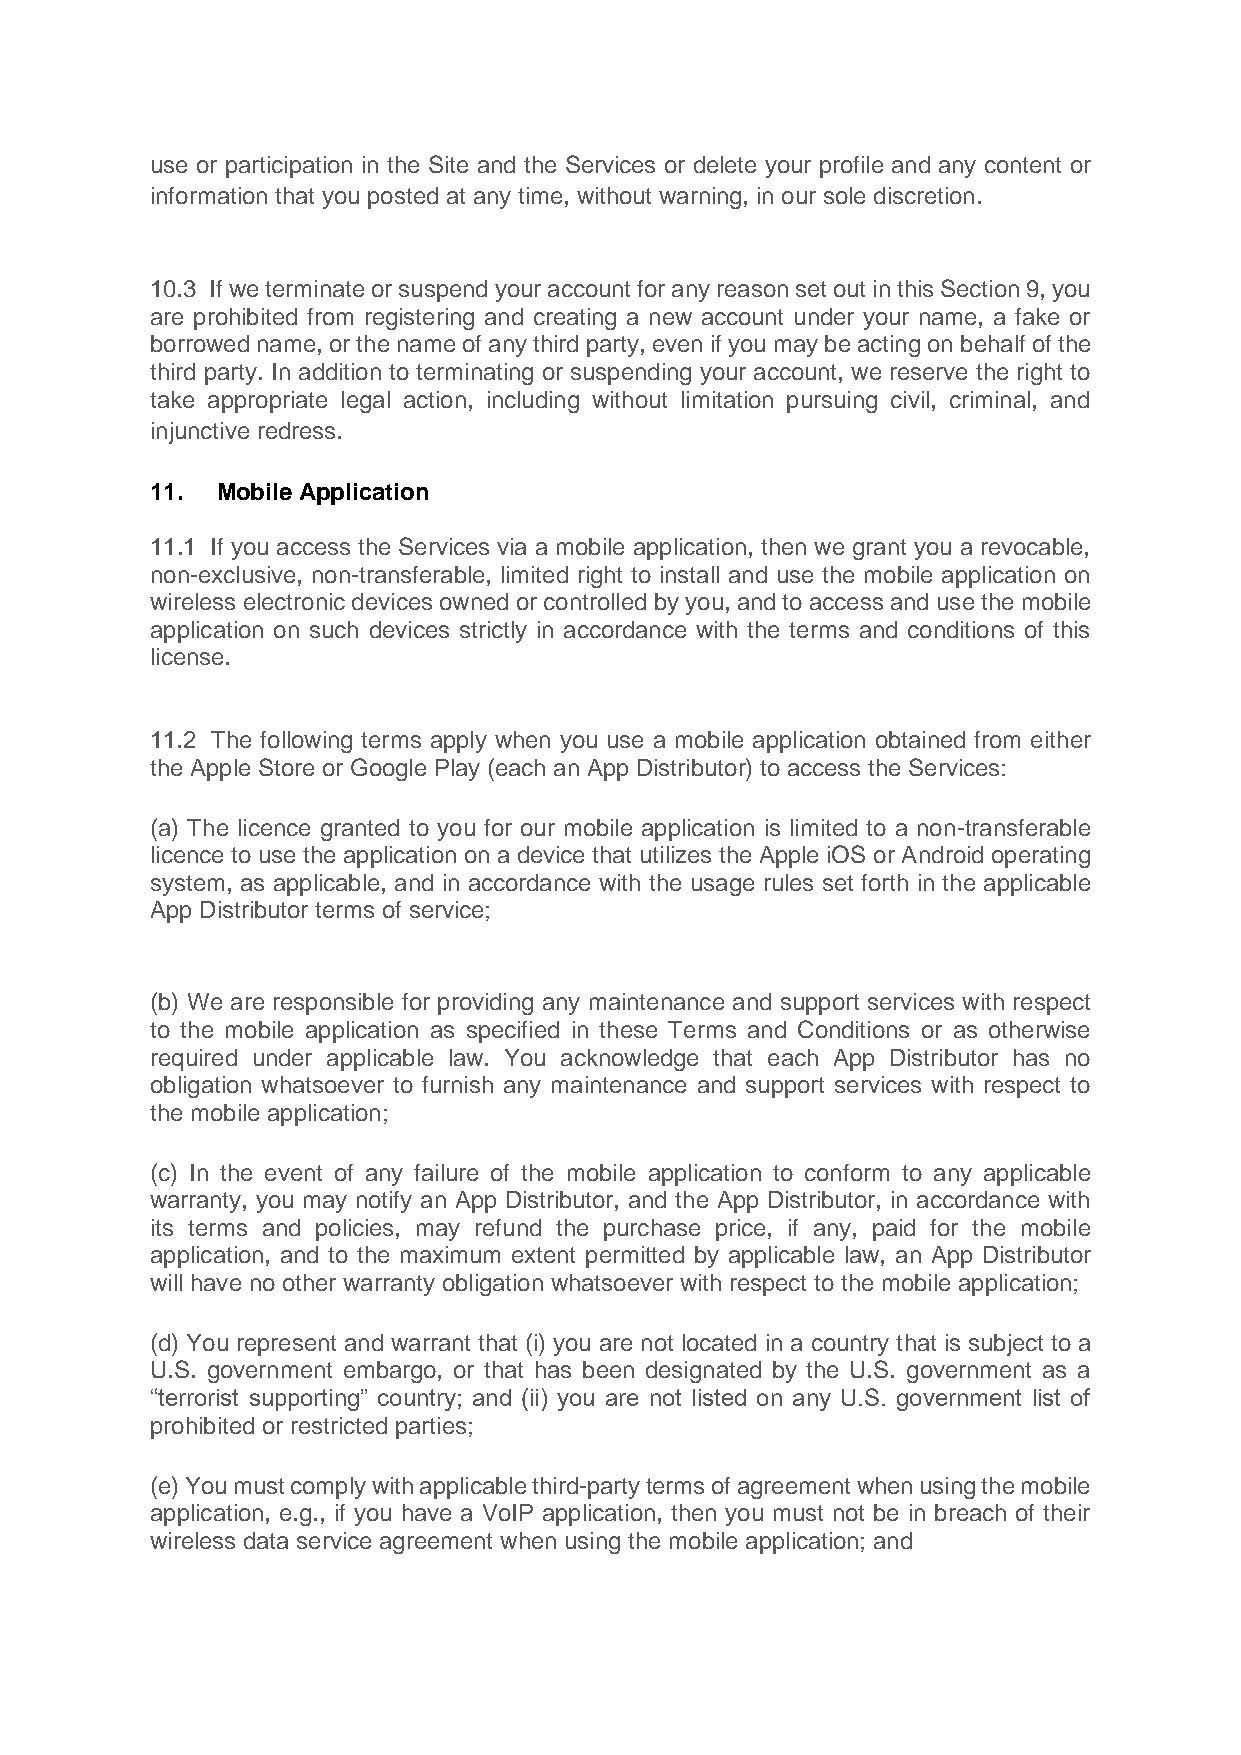
use or participation in the Site and the Services or delete your profile and any content or
 information that you posted at any time, without warning, in our sole discretion.
 10.3 If we terminate or suspend your account for any reason set out in this Section 9, you
 are prohibited from registering and creating a new account under your name, a fake or
 borrowed name, or the name of any third party, even if you may be acting on behalf of the
 third party. In addition to terminating or suspending your account, we reserve the right to
 take appropriate legal action, including without limitation pursuing civil, criminal, and
 injunctive redress.
 11. Mobile Application
 11.1 If you access the Services via a mobile application, then we grant you a revocable,
 non-exclusive, non-transferable, limited right to install and use the mobile application on
 wireless electronic devices owned or controlled by you, and to access and use the mobile
 application on such devices strictly in accordance with the terms and conditions of this
 license.
 11.2 The following terms apply when you use a mobile application obtained from either
 the Apple Store or Google Play (each an App Distributor) to access the Services:
 (a) The licence granted to you for our mobile application is limited to a non-transferable
 licence to use the application on a device that utilizes the Apple iOS or Android operating
 system, as applicable, and in accordance with the usage rules set forth in the applicable
 App Distributor terms of service;
 (b) We are responsible for providing any maintenance and support services with respect
 to the mobile application as specified in these Terms and Conditions or as otherwise
 required under applicable law. You acknowledge that each App Distributor has no
 obligation whatsoever to furnish any maintenance and support services with respect to
 the mobile application;
 (c) In the event of any failure of the mobile application to conform to any applicable
 warranty, you may notify an App Distributor, and the App Distributor, in accordance with
 its terms and policies, may refund the purchase price, if any, paid for the mobile
 application, and to the maximum extent permitted by applicable law, an App Distributor
 will have no other warranty obligation whatsoever with respect to the mobile application;
 (d) You represent and warrant that (i) you are not located in a country that is subject to a
 U.S. government embargo, or that has been designated by the U.S. government as a
 “terrorist supporting” country; and (ii) you are not listed on any U.S. government list of
 prohibited or restricted parties;
 (e) You must comply with applicable third-party terms of agreement when using the mobile
 application, e.g., if you have a VoIP application, then you must not be in breach of their
 wireless data service agreement when using the mobile application; and